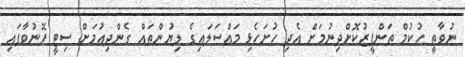
ނުވާތީ ހުކުމް ތަންފީޒުކޮށްދިނުމަށް އެދި ހުށަހެޅި މައްސަލައިގެ ލިޔުންތައް ގެންދިއުމަށް ސިޓީ ފޮނުވާފައި